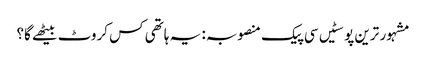
مشہور ترین پوسٹیں	سی پیک منصوبہ: یہ ہاتھی کس کروٹ بیٹھے گا؟